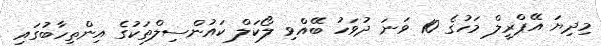
މިދިޔަ އޭޕްރީލް މަހުގެ 10 ވަނަ ދުވަހު ބޭއްވި ލޯކަލް ކައުންސިލްތަކުގެ އިންތިހާބުގައި